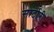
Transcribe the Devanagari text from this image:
सार्टोरी